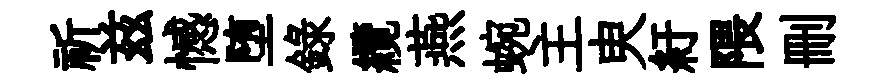
祈兹憾堕録纜燕蜿主㬰紆隈删